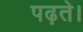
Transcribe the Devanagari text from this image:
पढ़ते।